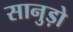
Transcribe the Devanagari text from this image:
सानुड़ो